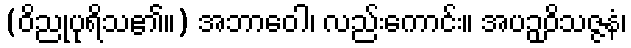
(ဝိညုပုရိသ၏။) အဘာဝေါ၊ လည်းကောင်း။ အပဉှဝိသဇ္ဇနံ၊